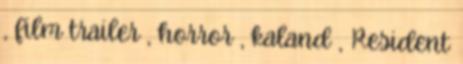
, film trailer , horror , kaland , Resident